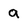
Character: a